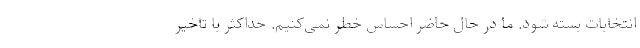
انتخابات بسته شود. ما در حال حاضر احساس خطر نمی‌کنیم. حداکثر با تاخیر